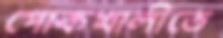
পোকখালীতে